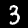
Digit: 3